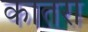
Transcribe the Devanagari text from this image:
कातरा